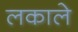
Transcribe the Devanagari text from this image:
लकाले